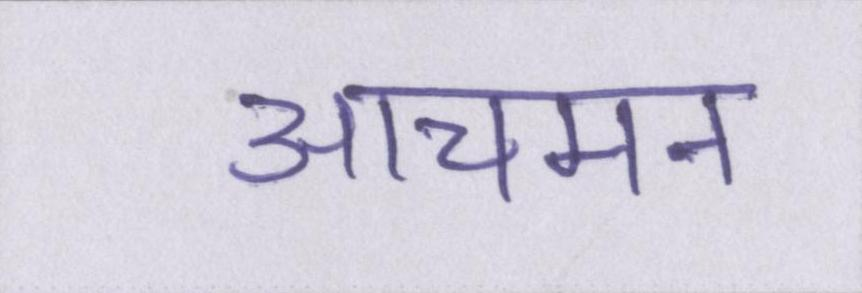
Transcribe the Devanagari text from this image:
आचमन